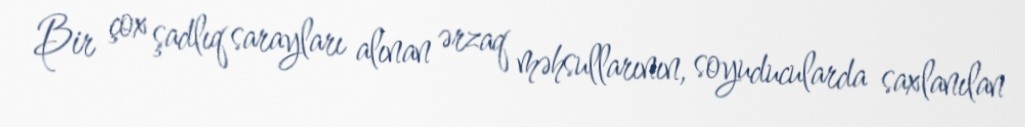
Bir çox şadlıq sarayları alınan ərzaq məhsullarının, soyuducularda saxlanılan